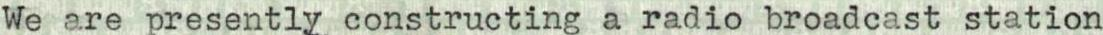
We are presently constructing a radio broadcast station